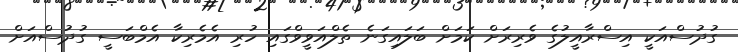
ގުދުސްއަކީ އިސްރާއީލުގެ ވެރިރަށް ކަމަށް ބަލައިގަނެ ތެލްއަވީވްގައި ހުރި އެމެރިކާ އެމްބަސީ ގުދުސްއަށް